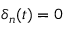
\delta _ { n } ( t ) = 0